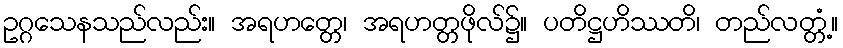
ဥဂ္ဂသေနသည်လည်း။ အရဟတ္တေ၊ အရဟတ္တဖိုလ်၌။ ပတိဋ္ဌဟိဿတိ၊ တည်လတ္တံ့။